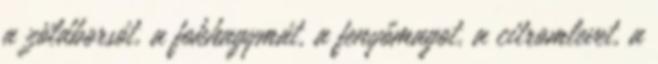
a zöldborsót, a fokhagymát, a fenyőmagot, a citromlevet, a